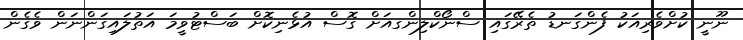
ނޫނީ ކުށްވެރިއަކު ފެންގަނޑު ތެރޭގައި ސްނޯކްލިންގއަށް ގޮސް އުޅެނިކޮށް ބަސްޓުވީމަ އަތުލައިގަންނަން ވެގެން